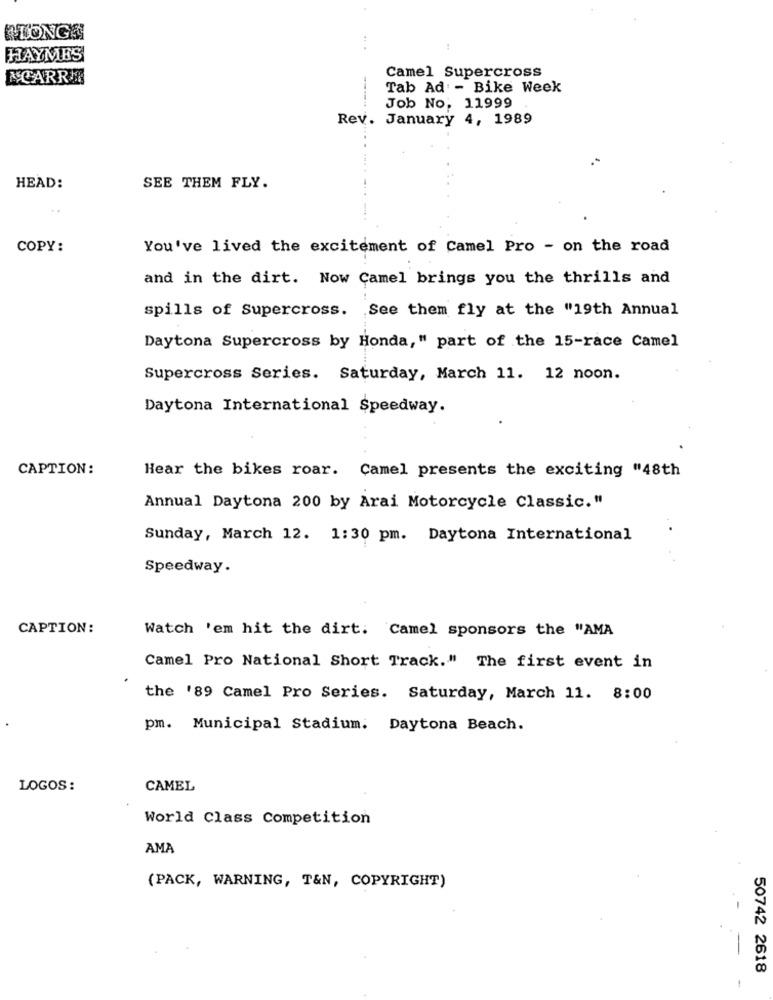
RTONGE
HAYMES
&CARR
Camel Supercross
Tab Ad - Bike Week
Job No: 11999
Rev. January 4, 1989
HEAD:
SEE THEM FLY.
COPY:
You've lived the excitement of Camel Pro - on the road
and in the dirt. Now Camel brings you the thrills and
spills of Supercross. See them fly at the "19th Annual
Daytona Supercross by Honda," part of the 15-race Camel
Supercross Series. Saturday, March 11. 12 noon.
Daytona International Speedway.
CAPTION:
Hear the bikes roar. Camel presents the exciting "48th
Annual Daytona 200 by Arai Motorcycle Classic."
Sunday, March 12. 1:30 pm. Daytona International
Speedway.
CAPTION:
Watch 'em hit the dirt. Camel sponsors the "AMA
Camel Pro National Short Track." The first event in
the '89 Camel Pro Series. Saturday, March 11. 8:00
pm. Municipal Stadium. Daytona Beach.
LOGOS:
CAMEL
World Class Competition
AMA
(PACK, WARNING, T&N, COPYRIGHT)
50742 2618